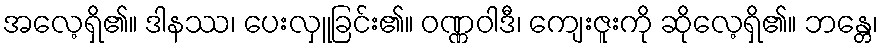
အလေ့ရှိ၏။ ဒါနဿ၊ ပေးလှူခြင်း၏။ ဝဏ္ဏဝါဒီ၊ ကျေးဇူးကို ဆိုလေ့ရှိ၏။ ဘန္တေ၊